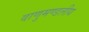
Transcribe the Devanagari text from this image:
वाणुमण्डलीय